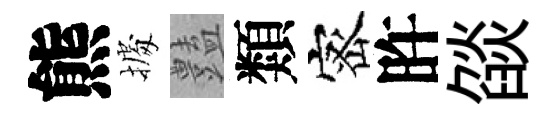
熊𢴃𧰟類宻旿燄